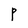
Character: P